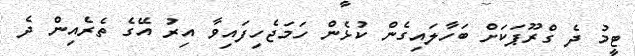
ޓީމު ދެ ގްރޫޕަކަށް ބަހާލައިގެން ކުޅެން ހަމަޖެހިފައިވާ އިރު އޭގެ ތެރެއިން ދެ